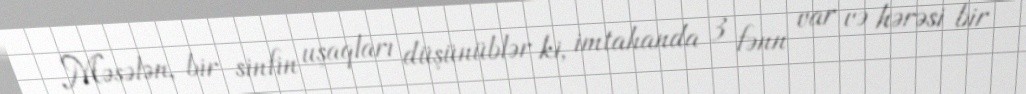
Məsələn, bir sinfin uşaqları düşünüblər ki, imtahanda 3 fənn var və hərəsi bir